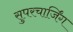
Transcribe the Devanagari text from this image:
सुपरचार्जिंग